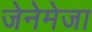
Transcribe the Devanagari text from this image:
जेनेमेजा